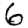
Digit: 6